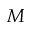
\cal M